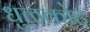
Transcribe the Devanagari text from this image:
धुळकोट